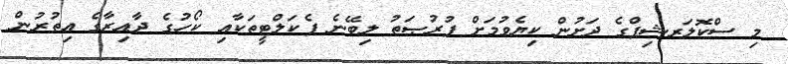
މި ސްކޮލަރޝިޕްގެ ދަށުން ކިޔެވުމަށް ފުރުޞަތު ލިބޭނެ ފެކަލްޓީތަކާއި ކޯހުގެ ދާއިރާގެ އިތުރުން